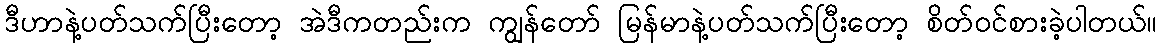
ဒီဟာနဲ့ပတ်သက်ပြီးတော့ အဲဒီကတည်းက ကျွန်တော် မြန်မာနဲ့ပတ်သက်ပြီးတော့ စိတ်ဝင်စားခဲ့ပါတယ်။